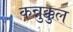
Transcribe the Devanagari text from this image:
कन्नुक्कुल